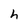
Character: h